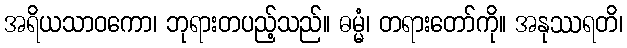
အရိယသာဝကော၊ ဘုရားတပည့်သည်။ ဓမ္မံ၊ တရားတော်ကို။ အနုဿရတိ၊